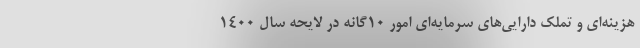
هزینه‌ای و تملک دارایی‌های سرمایه‌ای امور ۱۰گانه در لایحه سال ۱۴۰۰